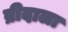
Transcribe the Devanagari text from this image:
ब्रीदाला